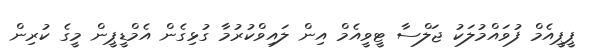
ޕީޕީއެމް ފުވައްމުލަކު ޖަލްސާ ޓީވީއެމް އިން ލައިވްކުރުމާ ގުޅިގެން އެމްޑީޕީން މީގެ ކުރިން